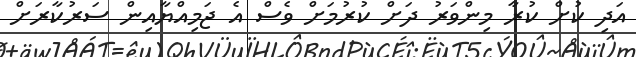
އަދި ކުށް ކުރާ މިންވަރު ދަށް ކުރުމަށް ވެސް އެ ޖަމިއްޔާއިން ސަރުކާރަށް